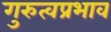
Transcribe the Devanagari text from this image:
गुरुत्वप्रभाव